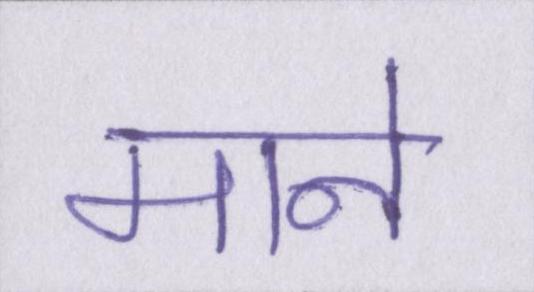
माने